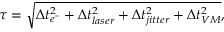
\tau = \sqrt { \Delta t _ { e ^ { - } } ^ { 2 } + \Delta t _ { l a s e r } ^ { 2 } + \Delta t _ { j i t t e r } ^ { 2 } + \Delta t _ { V M } ^ { 2 } } ,